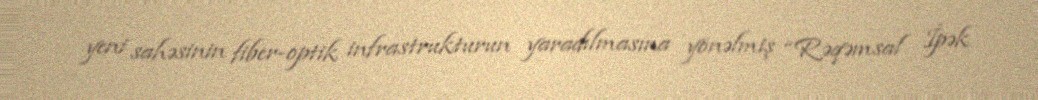
yeni sahəsinin fiber-optik infrastrukturun yaradılmasına yönəlmiş “Rəqəmsal İpək